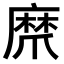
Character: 𤔨